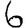
Digit: 6